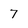
Character: 7